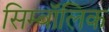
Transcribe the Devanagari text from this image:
सिम्बॉलिक